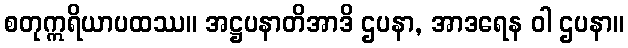
စတုဣရိယာပထဿ။ အဋ္ဌပနာတိအာဒိ ဌပနာ, အာဒရေန ဝါ ဌပနာ။